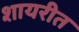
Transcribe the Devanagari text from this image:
शायरीत